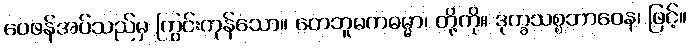
ဝေဖန်အပ်သည်မှ ကြွင်းကုန်သော။ တေဘူမကဓမ္မာ၊ တို့ကို။ ဒုက္ခသစ္စဘာဝေန၊ ဖြင့်။